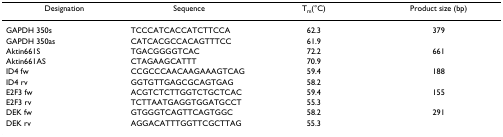
<table><thead><tr><td><b>Designation</b></td><td><b>Sequence</b></td><td><b>T<sub>m</sub>(°C)</b></td><td><b>Product size (bp)</b></td></tr></thead><tbody><tr><td>GAPDH 350s</td><td>TCCCATCACCATCTTCCA</td><td>62.3</td><td>379</td></tr><tr><td>GAPDH 350as</td><td>CATCACGCCACAGTTTCC</td><td>61.9</td><td></td></tr><tr><td>Aktin661S</td><td>TGACGGGGTCAC</td><td>72.2</td><td>661</td></tr><tr><td>Aktin661AS</td><td>CTAGAAGCATTT</td><td>70.9</td><td></td></tr><tr><td>ID4 fw</td><td>CCGCCCAACAAGAAAGTCAG</td><td>59.4</td><td>188</td></tr><tr><td>ID4 rv</td><td>GGTGTTGAGCGCAGTGAG</td><td>58.2</td><td></td></tr><tr><td>E2F3 fw</td><td>ACGTCTCTTGGTCTGCTCAC</td><td>59.4</td><td>155</td></tr><tr><td>E2F3 rv</td><td>TCTTAATGAGGTGGATGCCT</td><td>55.3</td><td></td></tr><tr><td>DEK fw</td><td>GTGGGTCAGTTCAGTGGC</td><td>58.2</td><td>291</td></tr><tr><td>DEK rv</td><td>AGGACATTTGGTTCGCTTAG</td><td>55.3</td><td></td></tr></tbody></table>